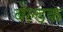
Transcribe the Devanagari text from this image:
बेल्डक